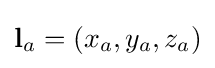
\mathbf {l} _{a}=(x_{a},y_{a},z_{a})